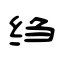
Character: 绉